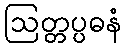
ဩတ္တပ္ပဓနံ